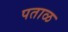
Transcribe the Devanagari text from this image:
पताळ